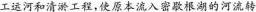
工运河和清淤工程，使原本流入密放根湖的河流转